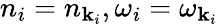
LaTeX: n_{i}=n_{{\mathbf k}_{i}},\omega_{i}=\omega_{{\mathbf k}_{i}}